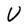
Character: U